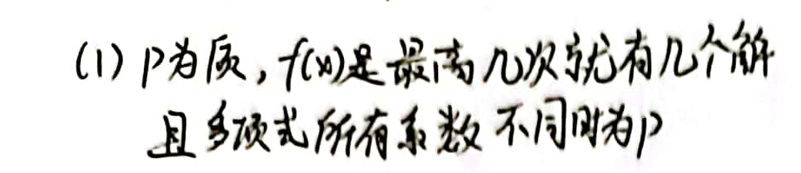
(1) $p$为质，$f(x)$是最高几次就有几个解且多项式所有系数不同时为$p$